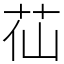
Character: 苮